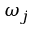
\omega _ { j }